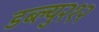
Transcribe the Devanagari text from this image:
डब्ल्यु२१२